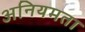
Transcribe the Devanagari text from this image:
अनियमता